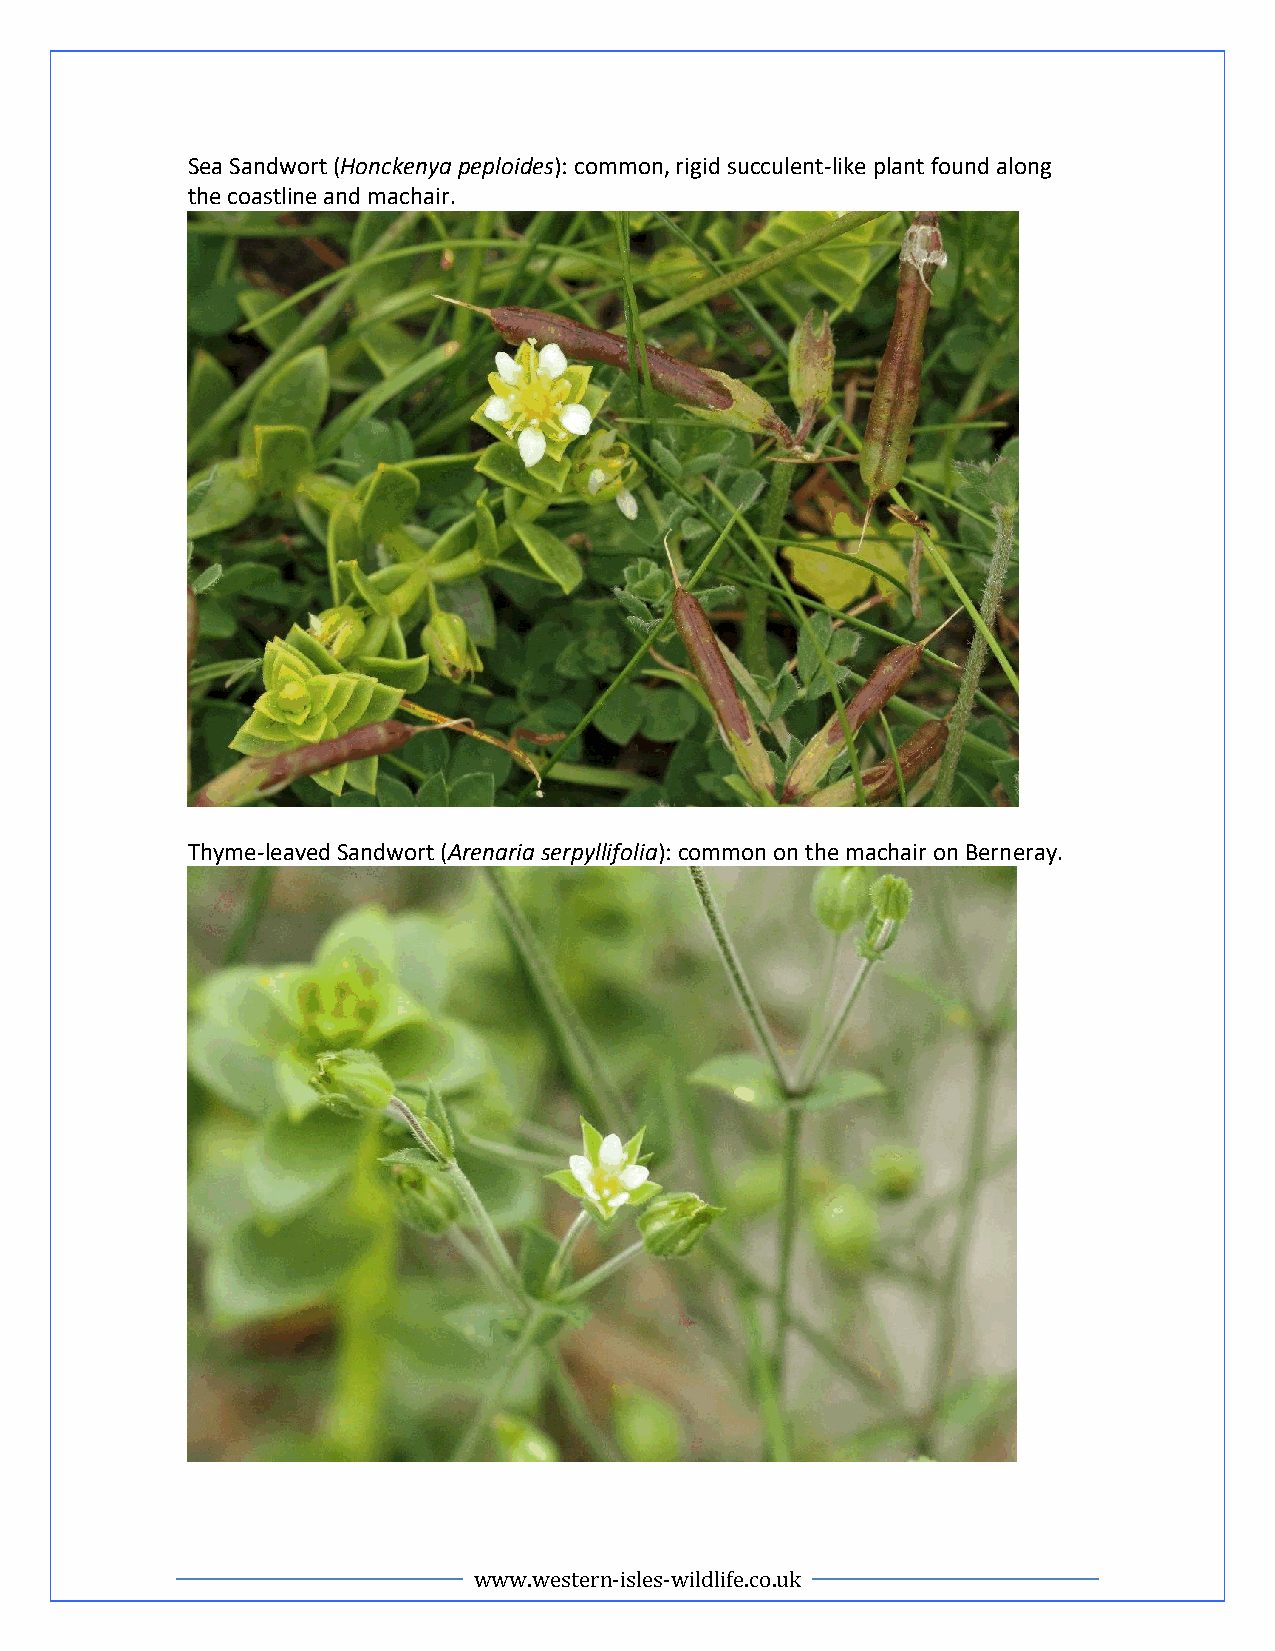
Sea Sandwort (Honckenya peploides): common, rigid succulent-like plant found along
 the coastline and machair.
 Thyme-leaved Sandwort (Arenaria serpyllifolia): common on the machair on Berneray.
 www.western-isles-wildlife.co.uk